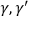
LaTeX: \gamma , \gamma ^ { \prime }